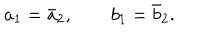
LaTeX: a _ { 1 } = \bar { a } _ { 2 } , \qquad b _ { 1 } = \bar { b } _ { 2 } .